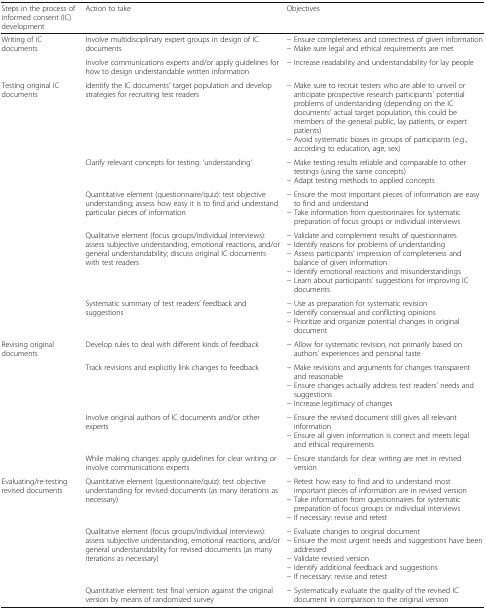
| Steps in the process of informed consent (IC) development | Action to take | Objectives |
 | --- | --- | --- |
 | <ROWSPAN=2> Writing of IC documents | Involve multidisciplinary expert groups in design of IC documents | − Ensure completeness and correctness of given information− Make sure legal and ethical requirements are met |
 | Involve communications experts and/or apply guidelines for how to design understandable written information | − Increase readability and understandability for lay people |
 | <ROWSPAN=5> Testing original IC documents | Identify the IC documents’ target population and develop strategies for recruiting test readers | − Make sure to recruit testers who are able to unveil or anticipate prospective research participants’ potential problems of understanding (depending on the IC documents’ actual target population, this could be members of the general public, lay patients, or expert patients)− Avoid systematic biases in groups of participants (e.g., according to education, age, sex) |
 | Clarify relevant concepts for testing: ‘understanding’ | − Make testing results reliable and comparable to other testings (using the same concepts)− Adapt testing methods to applied concepts |
 | Quantitative element (questionnaire/quiz): test objective understanding; assess how easy it is to find and understand particular pieces of information | − Ensure the most important pieces of information are easy to find and understand− Take information from questionnaires for systematic preparation of focus groups or individual interviews |
 | Qualitative element (focus groups/individual interviews): assess subjective understanding, emotional reactions, and/or general understandability; discuss original IC documents with test readers | − Validate and complement results of questionnaires− Identify reasons for problems of understanding− Assess participants’ impression of completeness and balance of given information− Identify emotional reactions and misunderstandings− Learn about participants’ suggestions for improving IC documents |
 | Systematic summary of test readers’ feedback and suggestions | − Use as preparation for systematic revision− Identify consensual and conflicting opinions− Prioritize and organize potential changes in original document |
 | <ROWSPAN=4> Revising original documents | Develop rules to deal with different kinds of feedback | − Allow for systematic revision, not primarily based on authors’ experiences and personal taste |
 | Track revisions and explicitly link changes to feedback | − Make revisions and arguments for changes transparent and reasonable− Ensure changes actually address test readers’ needs and suggestions− Increase legitimacy of changes |
 | Involve original authors of IC documents and/or other experts | − Ensure the revised document still gives all relevant information− Ensure all given information is correct and meets legal and ethical requirements |
 | While making changes: apply guidelines for clear writing or involve communications experts | − Ensure standards for clear writing are met in revised version |
 | <ROWSPAN=3> Evaluating/re-testing revised documents | Quantitative element (questionnaire/quiz): test objective understanding for revised documents (as many iterations as necessary) | − Retest how easy to find and to understand most important pieces of information are in revised version− Take information from questionnaires for systematic preparation of focus groups or individual interviews− If necessary: revise and retest |
 | Qualitative element (focus groups/individual interviews): assess subjective understanding, emotional reactions, and/or general understandability for revised documents (as many iterations as necessary) | − Evaluate changes to original document− Ensure the most urgent needs and suggestions have been addressed− Validate revised version− Identify additional feedback and suggestions− If necessary: revise and retest |
 | Quantitative element: test final version against the original version by means of randomized survey | − Systematically evaluate the quality of the revised IC document in comparison to the original version |